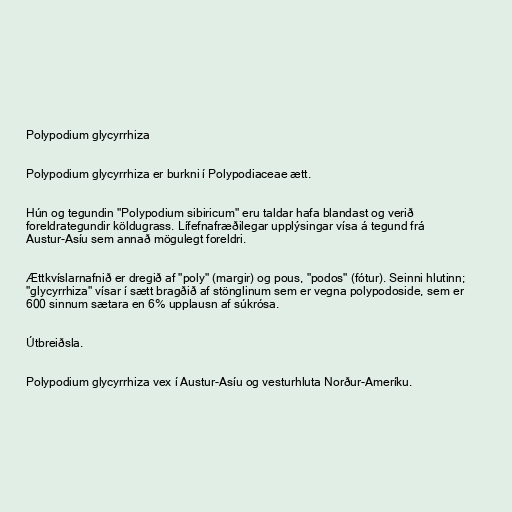
Polypodium glycyrrhiza

Polypodium glycyrrhiza er burkni í Polypodiaceae ætt.

Hún og tegundin "Polypodium sibiricum" eru taldar hafa blandast og verið
foreldrategundir köldugrass. Lífefnafræðilegar upplýsingar vísa á tegund frá
Austur-Asíu sem annað mögulegt foreldri.

Ættkvíslarnafnið er dregið af "poly" (margir) og pous, "podos" (fótur). Seinni hlutinn;
"glycyrrhiza" vísar í sætt bragðið af stönglinum sem er vegna polypodoside, sem er
600 sinnum sætara en 6% upplausn af súkrósa.

Útbreiðsla.

Polypodium glycyrrhiza vex í Austur-Asíu og vesturhluta Norður-Ameríku.